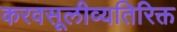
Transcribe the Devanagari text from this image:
करवसूलीव्यतिरिक्त